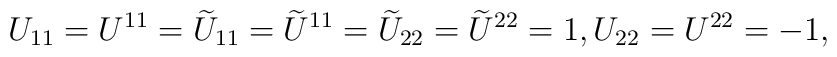
U_{1 1} = U^{1 1}=\widetilde{U}_{1 1}=\widetilde{U}^{1 1}=\widetilde{U}_{2 2}=\widetilde{U}^{2 2}=1 , U_{2 2}=U^{2 2}=-1 ,